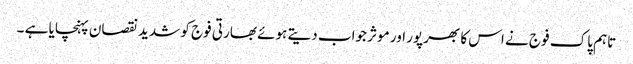
تاہم پاک فوج نے اس کا بھرپور اور موثر جواب دیتے ہوئے بھارتی فوج کو شدید نقصان پہنچایا ہے ۔